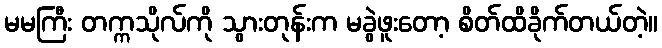
မမကြီး တက္ကသိုလ်ကို သွားတုန်းက မခွဲဖူးတော့ စိတ်ထိခိုက်တယ်တဲ့။